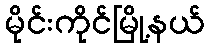
မိုင်းကိုင်မြို့နယ်